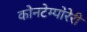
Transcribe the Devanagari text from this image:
कोनटेम्पोरेरी